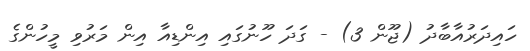
ހައިދަރުއާބާދު (ޖޫން 3) - ގަދަ ހޫނުގައި އިންޑިއާ އިން މަރުވި މީހުންގެ